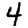
Digit: 4